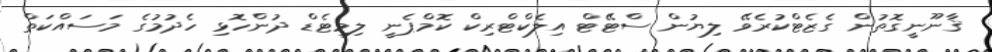
ޤާނޫނީގޮތުން ގެޒެޓްކުރެވޭ ލިޔުން ސްޓޭޓް އިލެކްޓްރިކް ކޮމްޕެނީ ލިމިޓެޑް ދުންހޮޅި ހެދުމުގެ މަސައްކަތް